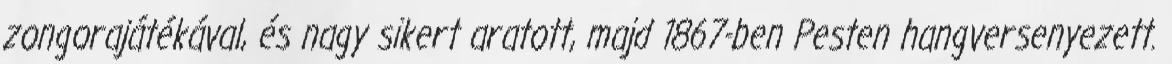
zongorajátékával, és nagy sikert aratott, majd 1867-ben Pesten hangversenyezett.